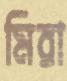
মিরা